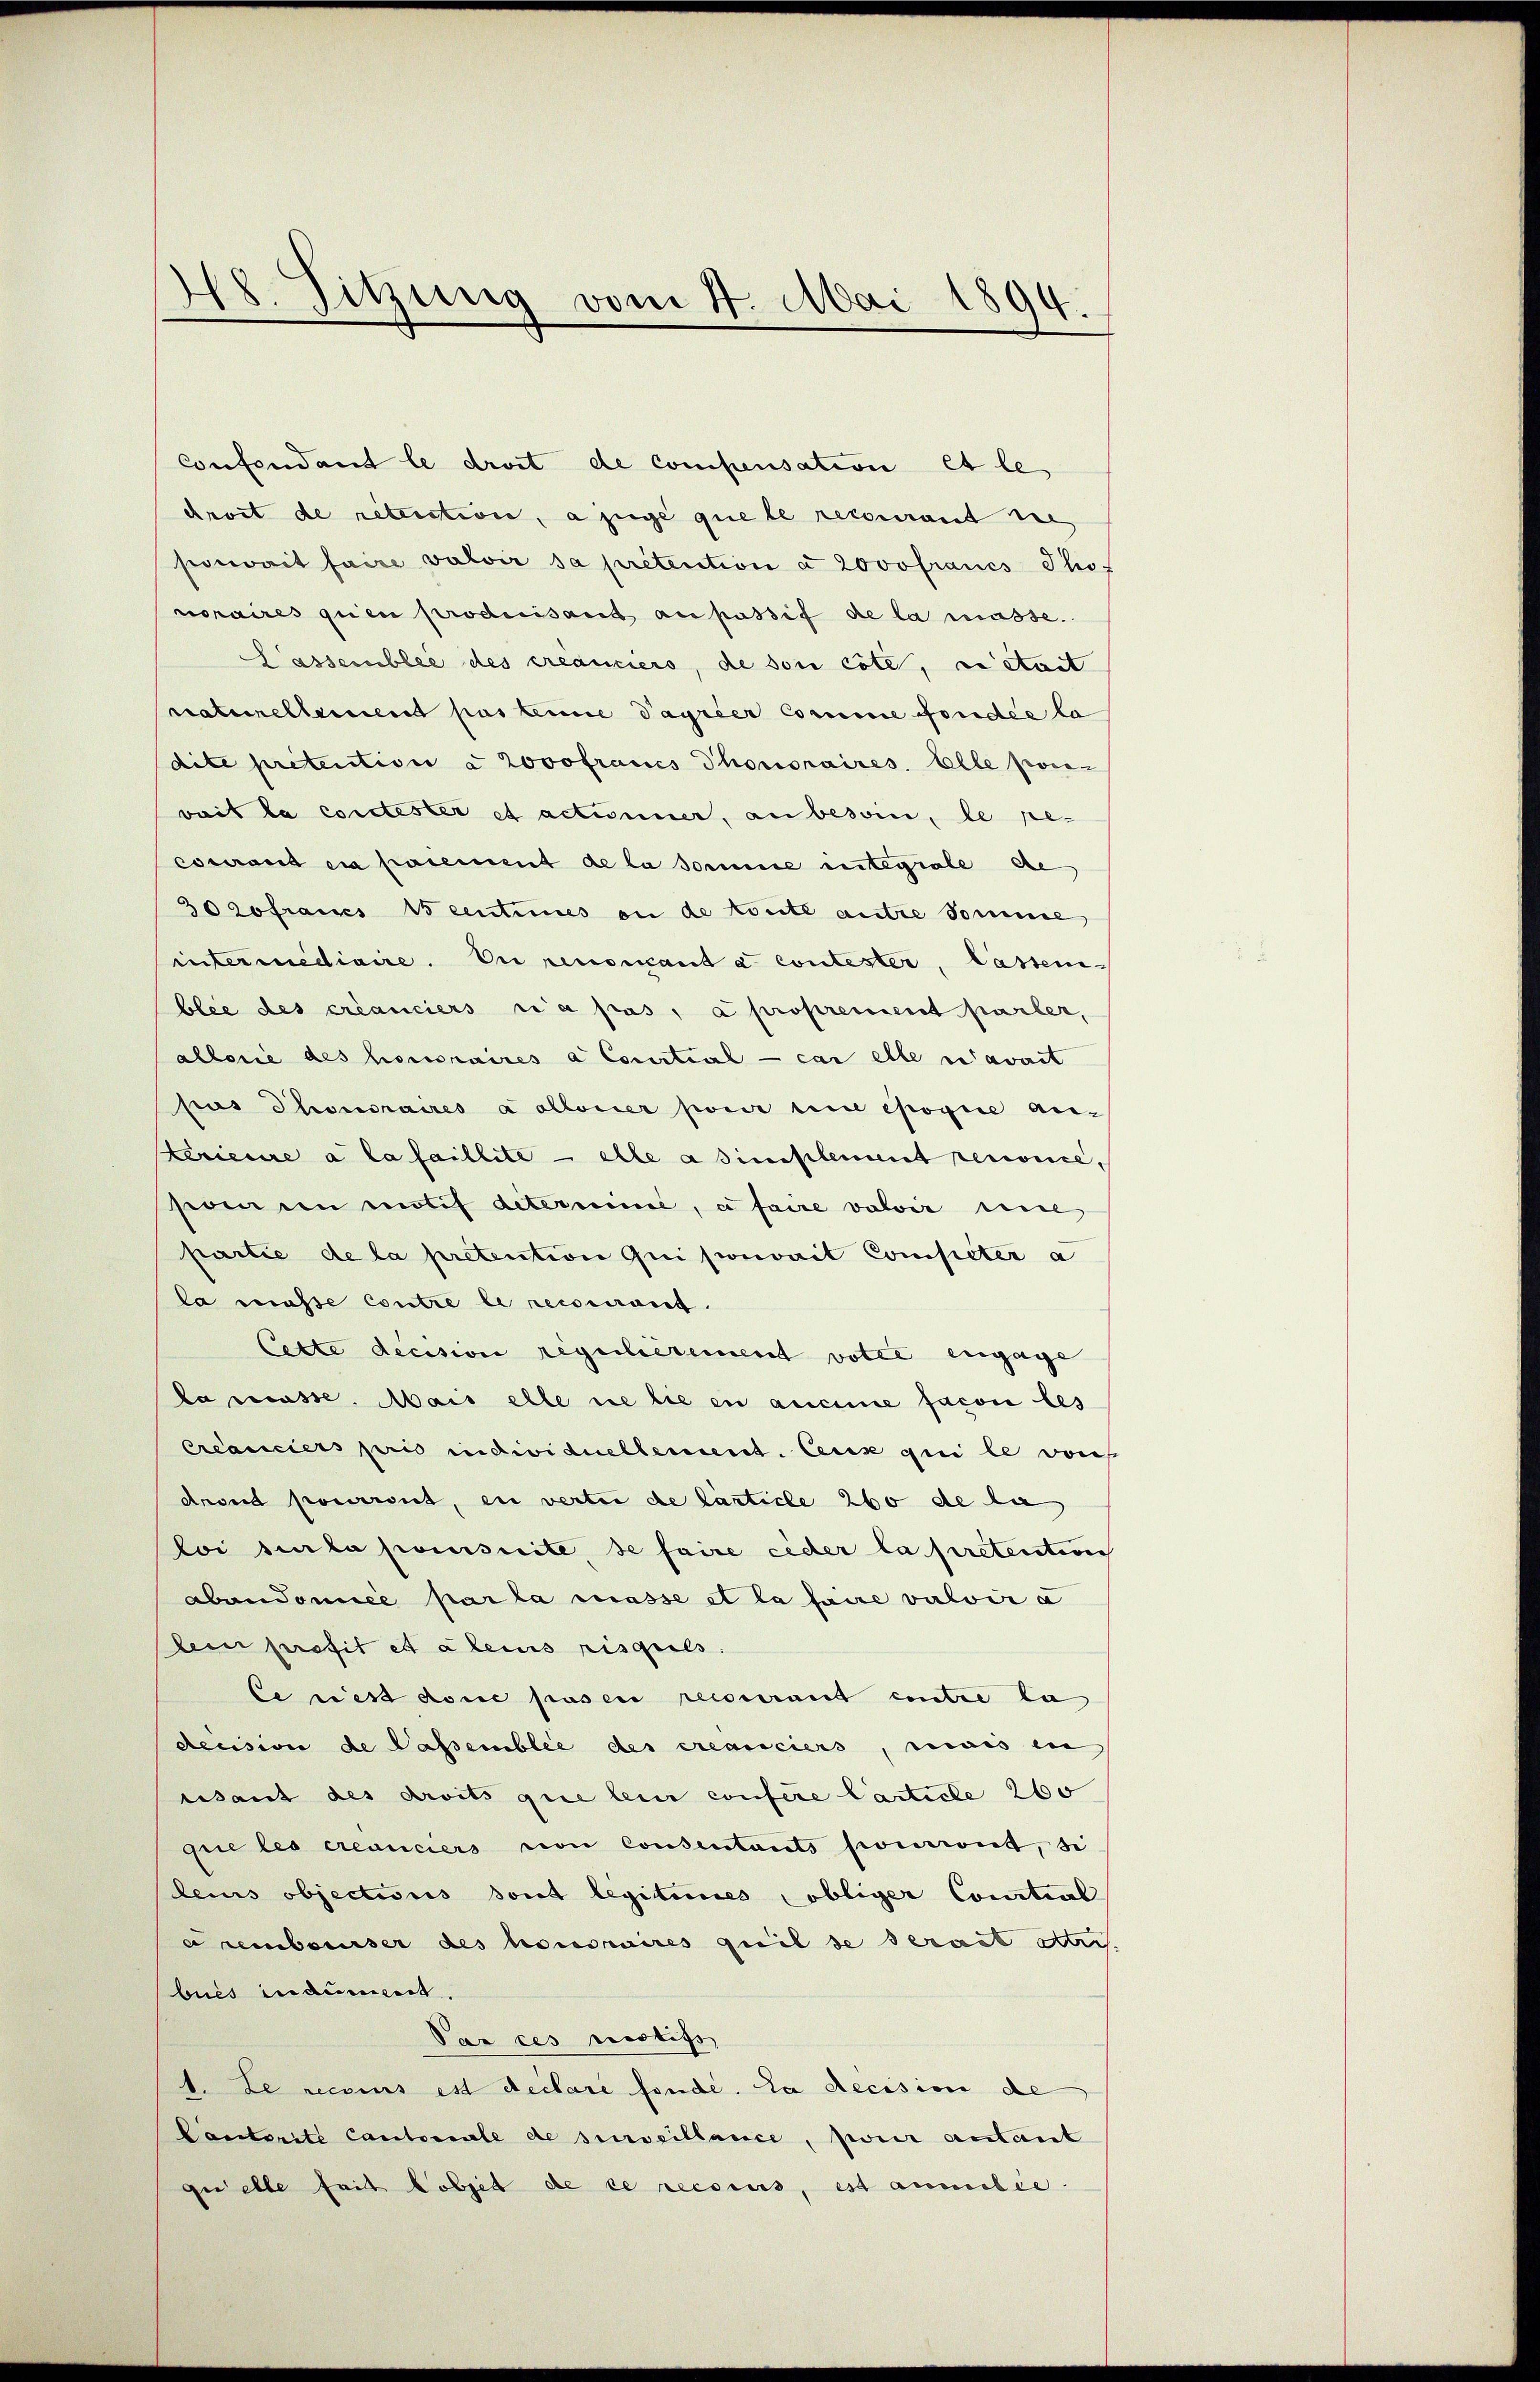
418. Sitzung vom 4. Mai 1894.

confondant le droit de compensation et le
droit de retection, a zuge que le recourant de
poewait faire valoir sa prétention a Lovofrancs Thof
noraires gien produisard anpassif de la masse.
Lassemblée des créanciers, de son cote, vietait
naturellement pas eine Tagrier Comme fondée la
dite pretention à 2ovofraues Phonoraires. Elle poi
vait la contester et actinner, an besoin, le pe-
cocurant en paiement de la somme integrale de
30 hofrais 15 centimes an de konte antre Somme
intermédiaire. Er renoncant a contester, lassen
blée des créanciers n’a pas, à proprement parter,
allorie des honoraires a Courtial - car elle n’avait
pus Chonoraires a allonier pour une épogie anterieure à la faillite — elle a simplement renonce,
se ein motif determine, a faire valoir eine
partie de la pretention qui sonvait Competer a
la masse contre le recourant.
Cette decision regulièrement votee engage
la masse. Mais elle ne die en aucune facon les
créanciers pris individuellement. Ceux qui le von
dront pourrent, en vertei de Canticle 260 de la
loi sur la poursuite, se faire ceder la pretenten
abandomice par la masse et la faire valoir a
lein profit es aleins risquels.
le ries dont paser recourant contre la
decision de Passemblée des créanciers, mais in
uisant des droits que lein confere Carticle 260
giie les créanciers von consentants pourront, si
leis objections dont legitimes obliger Comitial
a rembourser des honoraires quil se serait sei.
buis indement.
Par ces motifs,
1. Le recours est declare fonde. Da decision de
Cantorite Cantonale de surveillance, pour antant
gu alle fait lobjet de ce recseus, est anmilie.